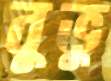
বুভুুু